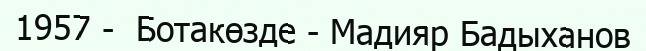
1957 -  Ботакөзде - Мадияр Бадыханов